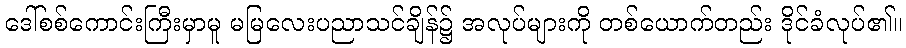
ဒေါ်စစ်ကောင်းကြီးမှာမူ မမြလေးပညာသင်ချိန်၌ အလုပ်များကို တစ်ယောက်တည်း ဒိုင်ခံလုပ်၏။